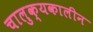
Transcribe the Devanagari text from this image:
चालुक्‍यकालीन